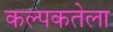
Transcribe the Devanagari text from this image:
कल्पकतेला